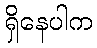
ရှိနေပါက